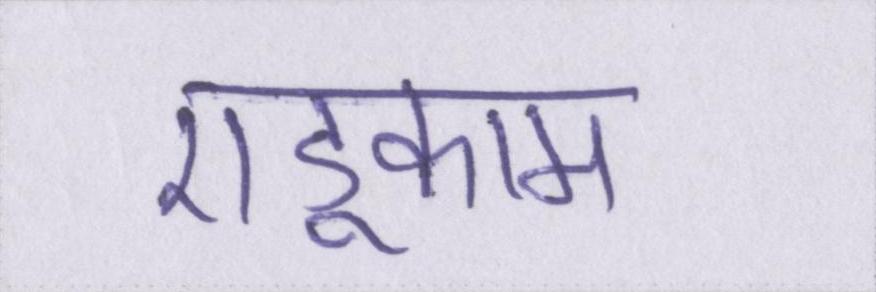
एडूकाम